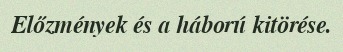
Előzmények és a háború kitörése.